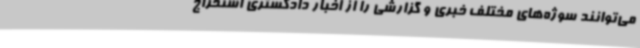
می‌توانند سوژه‌های مختلف خبری و گزارشی را از اخبار دادگستری استخراج